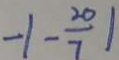
- 1 - \frac { 2 0 } { 7 } \vert